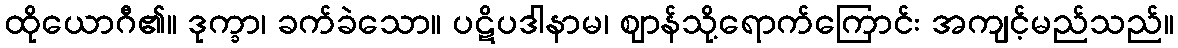
ထိုယောဂီ၏။ ဒုက္ခာ၊ ခက်ခဲသော။ ပဋိပဒါနာမ၊ ဈာန်သို့ရောက်ကြောင်း အကျင့်မည်သည်။